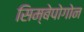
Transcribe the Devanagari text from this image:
सिम्बेपोगोन